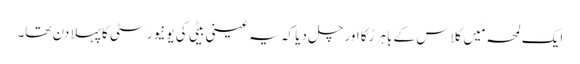
ایک لمحہ مَیں کلاس کے باہر رُکا اور چل دیا کہ یہ عینی بیٹی کی یونیورسٹی کا پہلا دن تھا۔